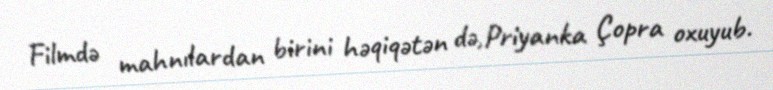
Filmdə mahnılardan birini həqiqətən də,Priyanka Çopra oxuyub.